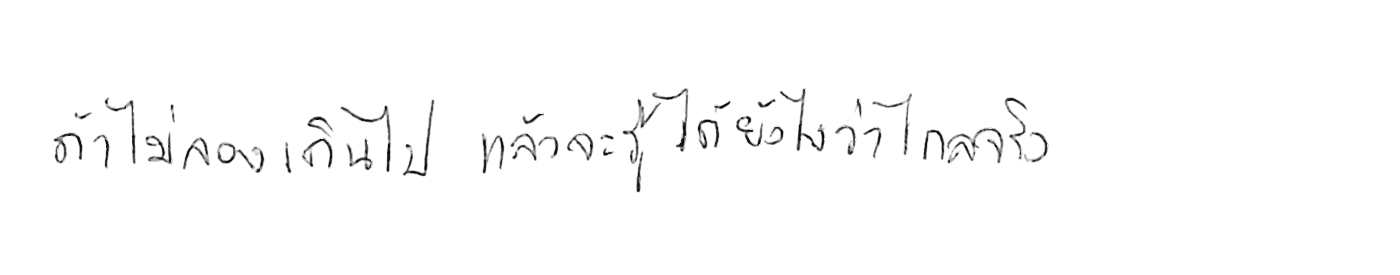
ถ้าไม่ลองเดินไป แล้วจะรู้ได้ยังไงว่าไกลจริง